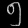
Digit: ၅